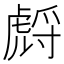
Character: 𧇛